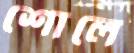
শোলে